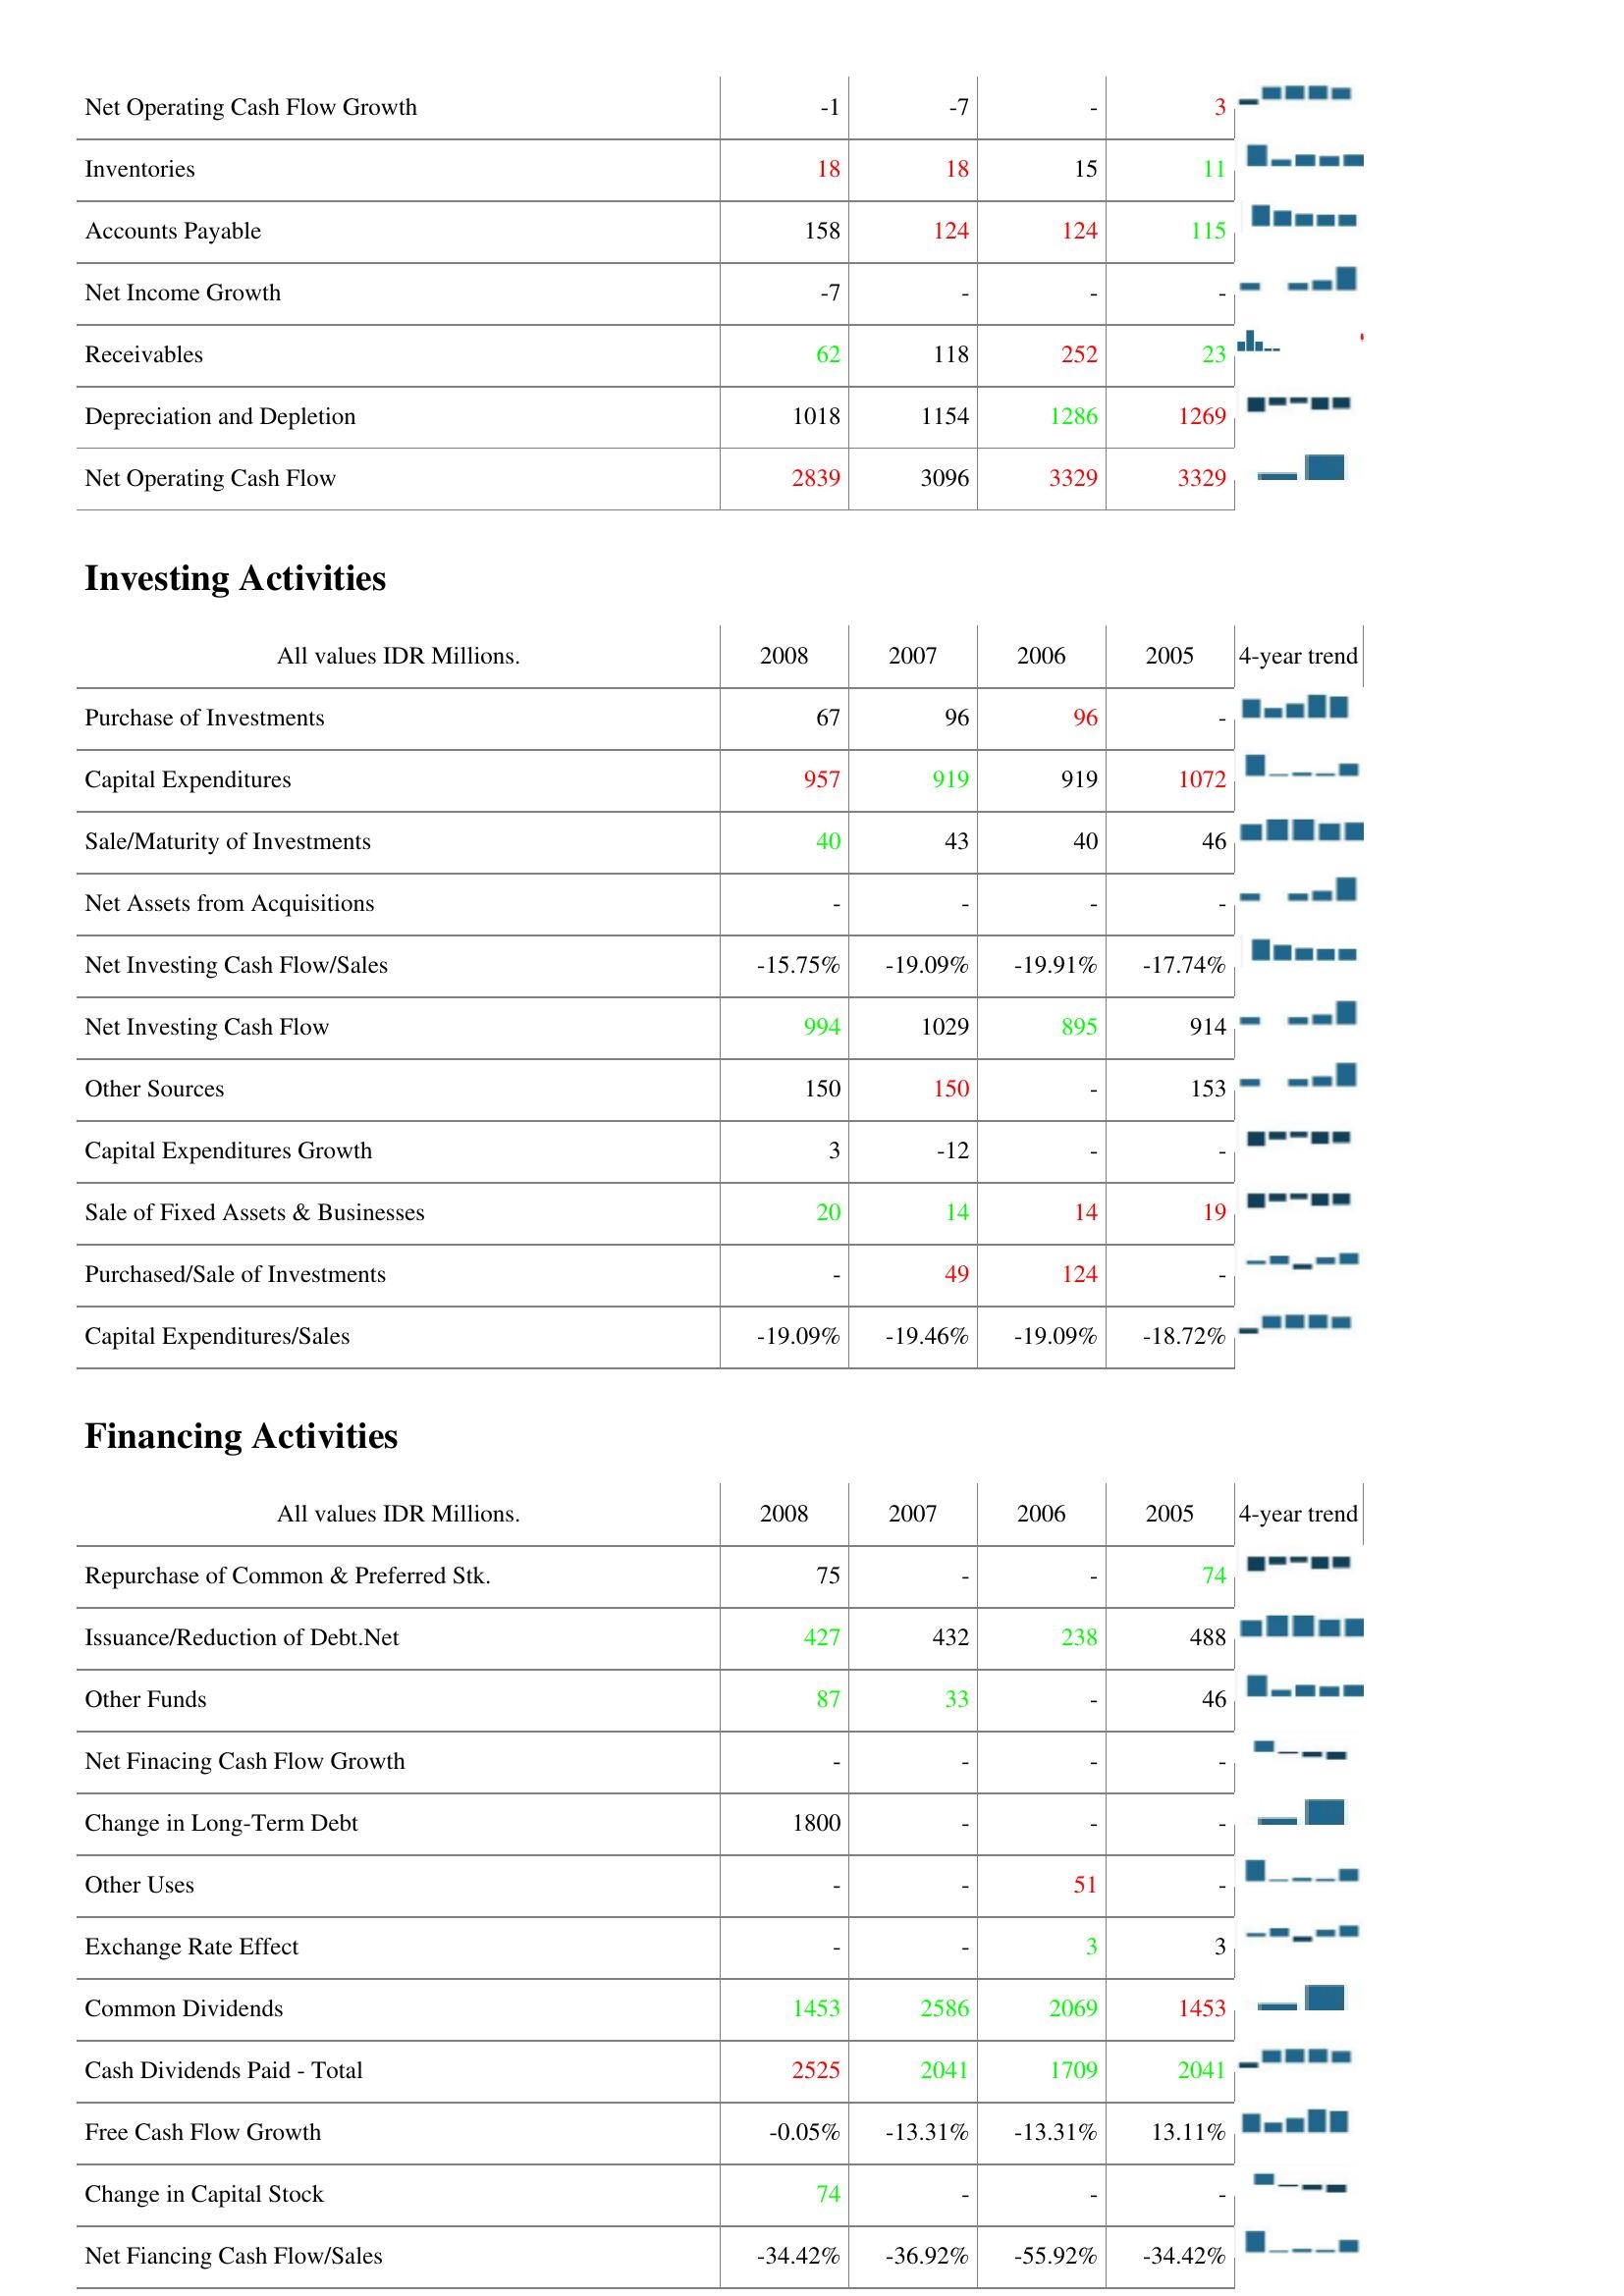
2008: Operating Activities: Net Operating Cash Flow Growth: -1
Inventories: 18
Accounts Payable: 158
Net Income Growth: -7
Receivables: 62
Depreciation and Depletion: 1018
Net Operating Cash Flow: 2839
Investing Activities: Purchase of Investments: 67
Capital Expenditures: 957
Sale/Maturity of Investments: 40
Net Assets from Acquisitions: -
Net Investing Cash Flow/Sales: -15.75%
Net Investing Cash Flow: 994
Other Sources: 150
Capital Expenditures Growth: 3
Sale of Fixed Assets & Businesses: 20
Purchased/Sale of Investments: -
Capital Expenditures/Sales: -19.09%
Financing Activities: Repurchase of Common & Preferred Stk.: 75
Issuance/Reduction of Debt.Net: 427
Other Funds: 87
Net Finacing Cash Flow Growth: -
Change in Long-Term Debt: 1800
Other Uses: -
Exchange Rate Effect: -
Common Dividends: 1453
Cash Dividends Paid - Total: 2525
Free Cash Flow Growth: -0.05%
Change in Capital Stock: 74
Net Fiancing Cash Flow/Sales: -34.42%
2007: Operating Activities: Net Operating Cash Flow Growth: -7
Inventories: 18
Accounts Payable: 124
Net Income Growth: -
Receivables: 118
Depreciation and Depletion: 1154
Net Operating Cash Flow: 3096
Investing Activities: Purchase of Investments: 96
Capital Expenditures: 919
Sale/Maturity of Investments: 43
Net Assets from Acquisitions: -
Net Investing Cash Flow/Sales: -19.09%
Net Investing Cash Flow: 1029
Other Sources: 150
Capital Expenditures Growth: -12
Sale of Fixed Assets & Businesses: 14
Purchased/Sale of Investments: 49
Capital Expenditures/Sales: -19.46%
Financing Activities: Repurchase of Common & Preferred Stk.: -
Issuance/Reduction of Debt.Net: 432
Other Funds: 33
Net Finacing Cash Flow Growth: -
Change in Long-Term Debt: -
Other Uses: -
Exchange Rate Effect: -
Common Dividends: 2586
Cash Dividends Paid - Total: 2041
Free Cash Flow Growth: -13.31%
Change in Capital Stock: -
Net Fiancing Cash Flow/Sales: -36.92%
2006: Operating Activities: Net Operating Cash Flow Growth: -
Inventories: 15
Accounts Payable: 124
Net Income Growth: -
Receivables: 252
Depreciation and Depletion: 1286
Net Operating Cash Flow: 3329
Investing Activities: Purchase of Investments: 96
Capital Expenditures: 919
Sale/Maturity of Investments: 40
Net Assets from Acquisitions: -
Net Investing Cash Flow/Sales: -19.91%
Net Investing Cash Flow: 895
Other Sources: -
Capital Expenditures Growth: -
Sale of Fixed Assets & Businesses: 14
Purchased/Sale of Investments: 124
Capital Expenditures/Sales: -19.09%
Financing Activities: Repurchase of Common & Preferred Stk.: -
Issuance/Reduction of Debt.Net: 238
Other Funds: -
Net Finacing Cash Flow Growth: -
Change in Long-Term Debt: -
Other Uses: 51
Exchange Rate Effect: 3
Common Dividends: 2069
Cash Dividends Paid - Total: 1709
Free Cash Flow Growth: -13.31%
Change in Capital Stock: -
Net Fiancing Cash Flow/Sales: -55.92%
2005: Operating Activities: Net Operating Cash Flow Growth: 3
Inventories: 11
Accounts Payable: 115
Net Income Growth: -
Receivables: 23
Depreciation and Depletion: 1269
Net Operating Cash Flow: 3329
Investing Activities: Purchase of Investments: -
Capital Expenditures: 1072
Sale/Maturity of Investments: 46
Net Assets from Acquisitions: -
Net Investing Cash Flow/Sales: -17.74%
Net Investing Cash Flow: 914
Other Sources: 153
Capital Expenditures Growth: -
Sale of Fixed Assets & Businesses: 19
Purchased/Sale of Investments: -
Capital Expenditures/Sales: -18.72%
Financing Activities: Repurchase of Common & Preferred Stk.: 74
Issuance/Reduction of Debt.Net: 488
Other Funds: 46
Net Finacing Cash Flow Growth: -
Change in Long-Term Debt: -
Other Uses: -
Exchange Rate Effect: 3
Common Dividends: 1453
Cash Dividends Paid - Total: 2041
Free Cash Flow Growth: 13.11%
Change in Capital Stock: -
Net Fiancing Cash Flow/Sales: -34.42%